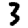
Digit: 3